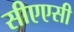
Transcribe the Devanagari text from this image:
सीएएसी